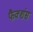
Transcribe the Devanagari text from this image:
फैक्शंस